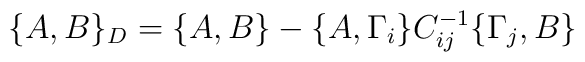
\{A, B\}_{D}= \{A, B\} - \{A, \Gamma _{i}\}C^{-1}_{ij}\{\Gamma _{j},B\}